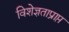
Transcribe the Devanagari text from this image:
विशेज्ञताप्राप्त